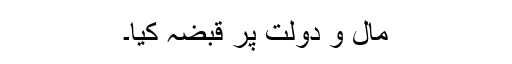
مال و دولت پر قبضہ کیا۔